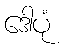
ဒေါပုံ